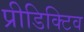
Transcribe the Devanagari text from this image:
प्रीडिक्टिव